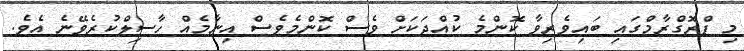
މި ޕްރޮގްރާމްގައި ބައިވެރިވާ ކޮންމެ ކުއްޖަކަށް ވެސް ކޮންމެވެސް އިނާމެއް ހާސިލްކުރެވޭނެ އެވެ.